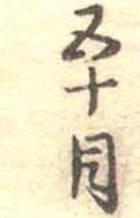
五十目